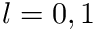
l = 0 , 1